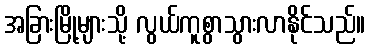
အခြားမြို့များသို့ လွယ်ကူစွာသွားလာနိုင်သည်။